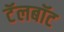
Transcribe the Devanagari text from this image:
टॅलबॉट